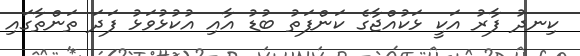
ކިނދު ފާރު އަކީ ޅަކުއްޖާގެ ކަންފަތު ބުޑު އާއި އުކުޅުވަޅު ފަދަ ތަންތާގައި